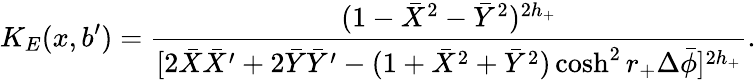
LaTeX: K_{E}(x,b^{\prime})={\frac{(1-\bar{X}^{2}-\bar{Y}^{2})^{2h_{+}}}{[2\bar{X}\bar{X}^{\prime}+2\bar{Y}\bar{Y}^{\prime}-(1+\bar{X}^{2}+\bar{Y}^{2})\cosh^{2}r_{+}\Delta\bar{\phi}]^{2h_{+}}}}.